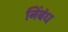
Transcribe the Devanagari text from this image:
निंबंध